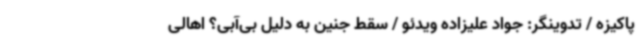
پاکیزه / تدوینگر: جواد علیزاده ویدئو / سقط جنین به دلیل بی‌آبی؟ اهالی